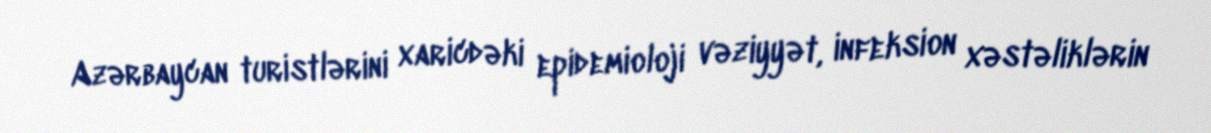
Azərbaycan turistlərini xaricdəki epidemioloji vəziyyət, infeksion xəstəliklərin